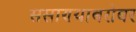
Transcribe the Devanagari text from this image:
ससाण्याबरोबर